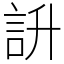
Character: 䛂